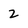
Character: 2